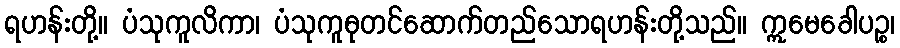
ရဟန်းတို့။ ပံသုကူလိကာ၊ ပံသုကူဓုတင်ဆောက်တည်သောရဟန်းတို့သည်။ ဣမေခေါပဉ္စ၊